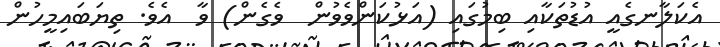
އެކަލާނގެއީ އުޑުތަކާއި ބިމުގައި (އަޅުކަންވެވުން  ވެގެން) ވާ  އެވެ. ތިޔަބައިމީހުން